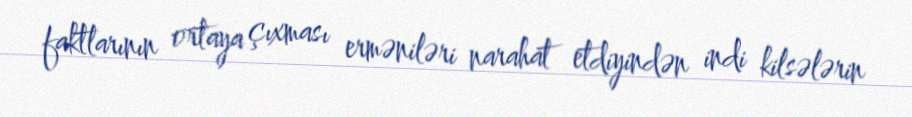
faktlarının ortaya çıxması erməniləri narahat etdiyindən indi kilsələrin